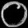
Digit: ၀